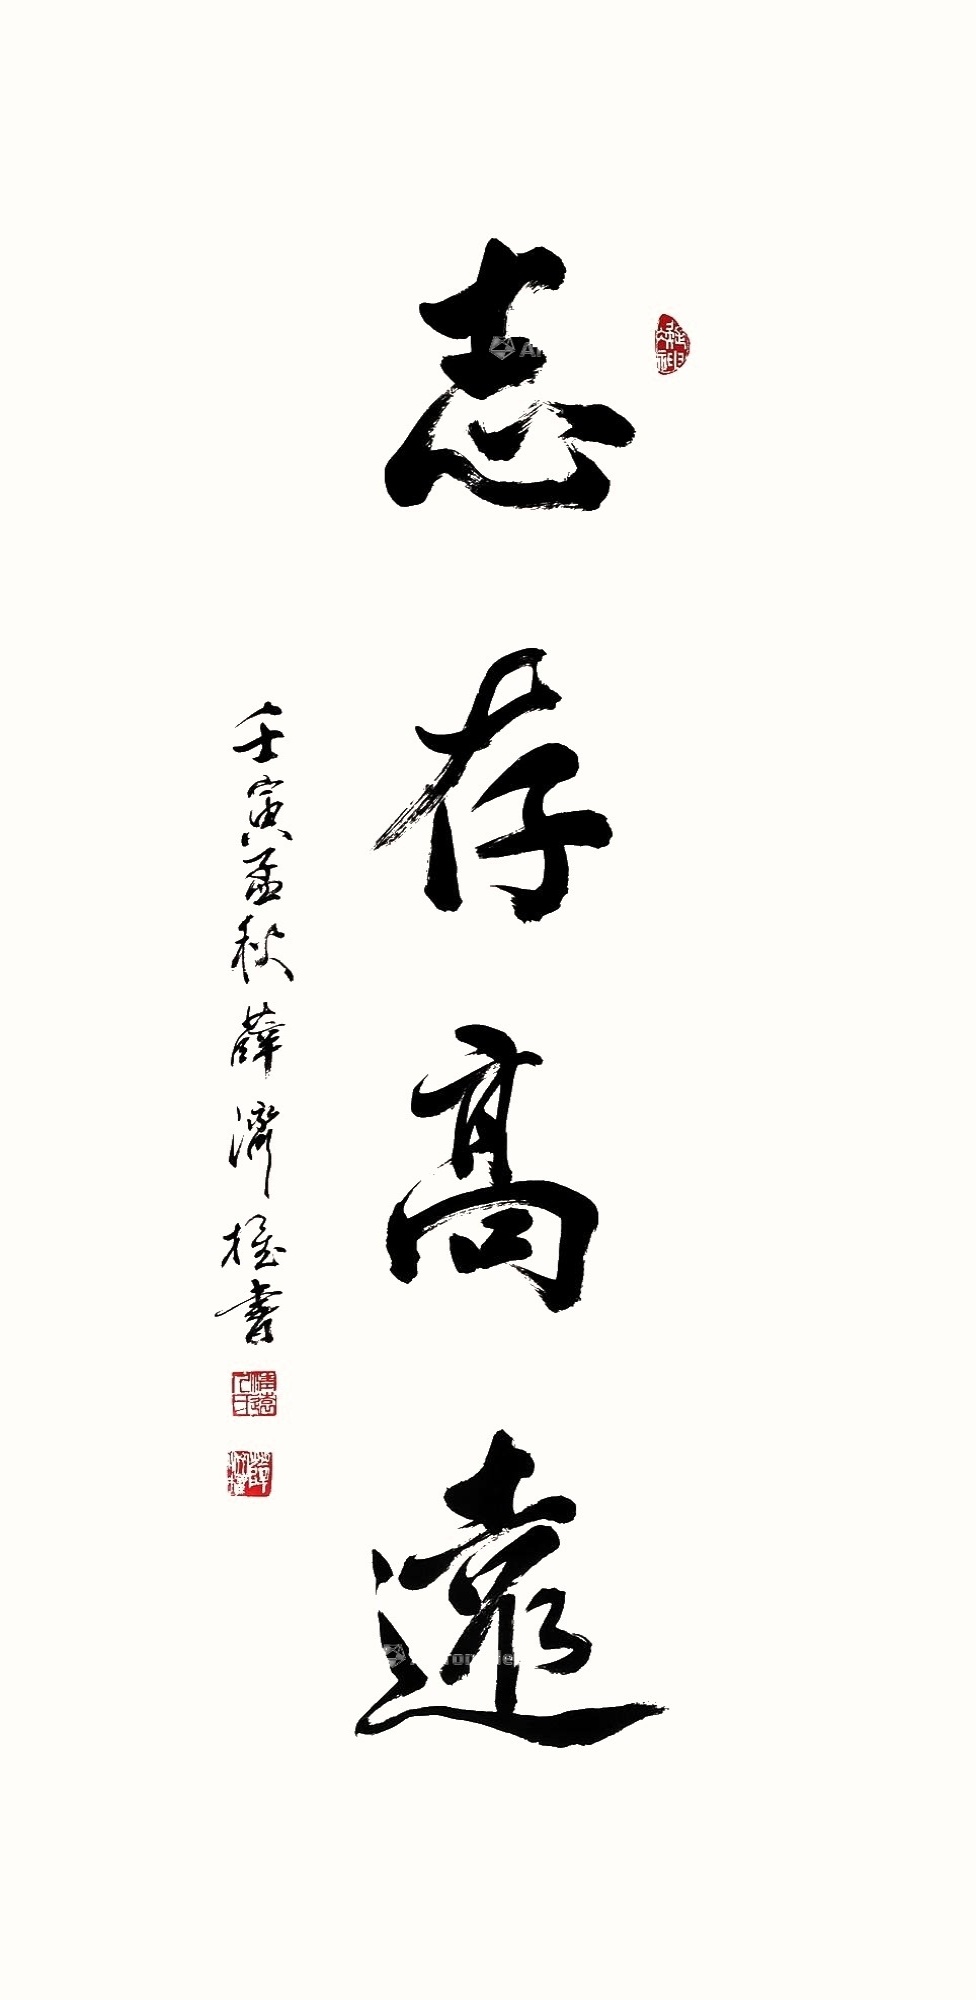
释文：志存高远壬寅孟秋薛济权书